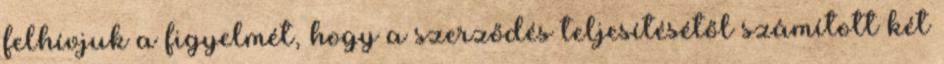
felhívjuk a figyelmét, hogy a szerződés teljesítésétől számított két